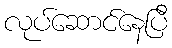
လုပ်ဆောင်နေပြီ